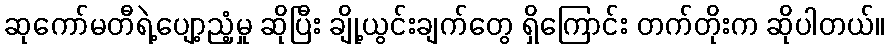
ဆုကော်မတီရဲ့ပျော့ညံ့မှု ဆိုပြီး ချို့ယွင်းချက်တွေ ရှိကြောင်း တက်တိုးက ဆိုပါတယ်။